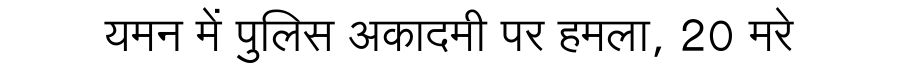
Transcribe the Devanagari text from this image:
यमन में पुलिस अकादमी पर हमला, 20 मरे